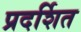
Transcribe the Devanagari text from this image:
प्रदर्शित